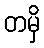
တမှိ